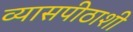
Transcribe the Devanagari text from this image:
व्यासपीठाशी